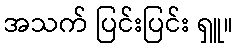
အသက် ပြင်းပြင်း ရှူ။